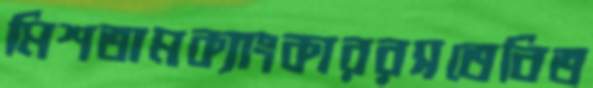
মিশতামক্যাংকাররসতেবিত